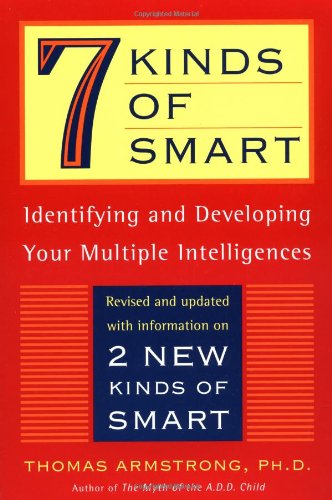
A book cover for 7 (Seven) Kinds of Smart: Identifying and Developing Your Multiple Intelligences; Thomas Armstrong; Health, Fitness & Dieting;